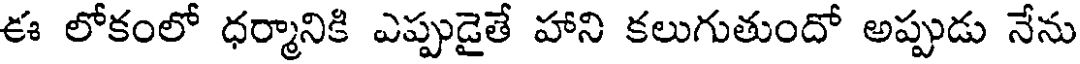
ఈ లోకంలో ధర్మానికి ఎప్పుడైతే హాని కలుగుతుందో అప్పుడు నేను